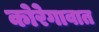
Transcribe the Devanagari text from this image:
कोरेगावात